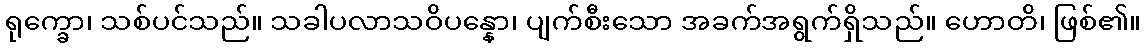
ရုက္ခော၊ သစ်ပင်သည်။ သခါပလာသဝိပန္နော၊ ပျက်စီးသော အခက်အရွက်ရှိသည်။ ဟောတိ၊ ဖြစ်၏။